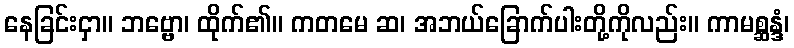
နေခြင်းငှာ။ ဘဗ္ဗော၊ ထိုက်၏။ ကတမေ ဆ၊ အဘယ်ခြောက်ပါးတို့ကိုလည်း။ ကာမစ္ဆန္ဒံ၊